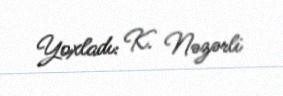
Yoxladı: K. Nəzərli